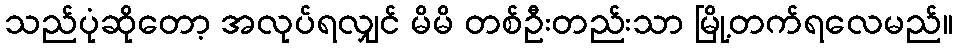
သည်ပုံဆိုတော့ အလုပ်ရလျှင် မိမိ တစ်ဦးတည်းသာ မြို့တက်ရလေမည်။